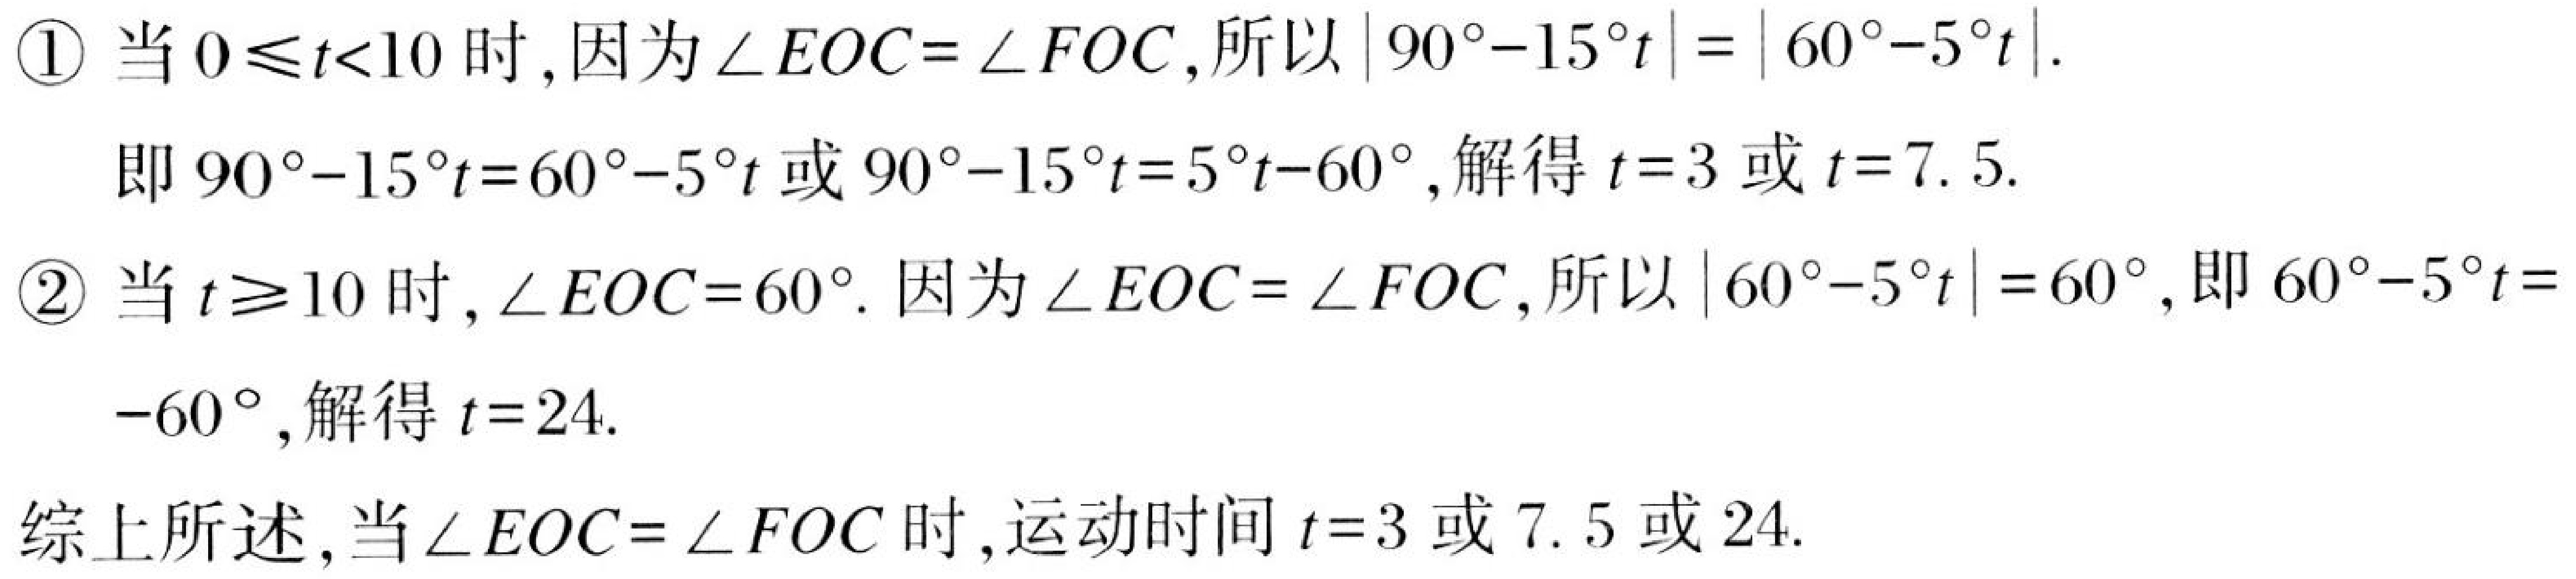
\textcircled{1} 当 \(0\leq t<10\) 时, 因为 \(\angle EOC = \angle FOC\), 所以 \(|90^{\circ}-15^{\circ}t| = |60^{\circ}-5^{\circ}t|\).
即 \(90^{\circ}-15^{\circ}t = 60^{\circ}-5^{\circ}t\) 或 \(90^{\circ}-15^{\circ}t = 5^{\circ}t - 60^{\circ}\), 解得 \(t = 3\) 或 \(t = 7.5\).
\textcircled{2} 当 \(t\geq10\) 时, \(\angle EOC = 60^{\circ}\). 因为 \(\angle EOC=\angle FOC\), 所以 \(|60^{\circ}-5^{\circ}t| = 60^{\circ}\), 即 \(60^{\circ}-5^{\circ}t = - 60^{\circ}\), 解得 \(t = 24\).

综上所述, 当 \(\angle EOC=\angle FOC\) 时, 运动时间 \(t = 3\) 或 \(7.5\) 或 \(24\).